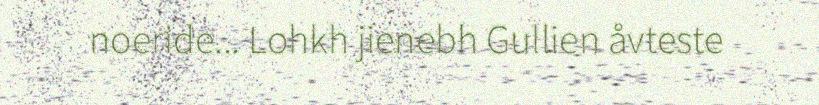
noeride... Lohkh jienebh Gullien åvteste